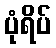
ပုံရိပ်